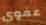
عفوي